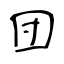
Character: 団